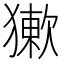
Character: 𤡻